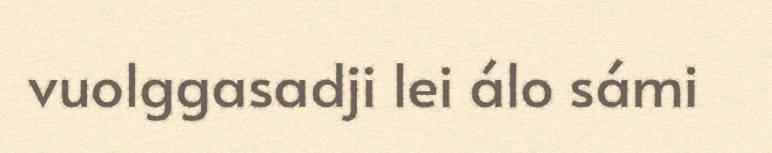
vuolggasadji lei álo sámi